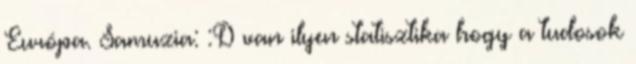
Európa. Samuzia: :D van ilyen statisztika hogy a tudosok